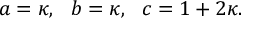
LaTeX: a = \kappa , ~ ~ b = \kappa , ~ ~ c = 1 + 2 \kappa .